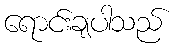
ရောင်းချပါသည်